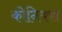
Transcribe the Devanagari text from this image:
कोनिक्स